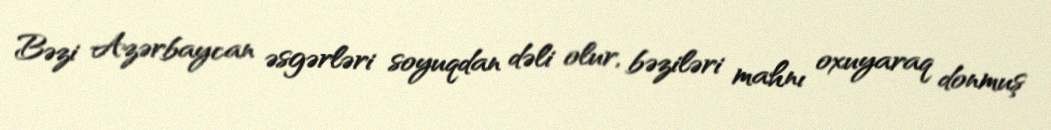
Bəzi Azərbaycan əsgərləri soyuqdan dəli olur, bəziləri mahnı oxuyaraq donmuş